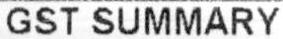
GST SUMMARY